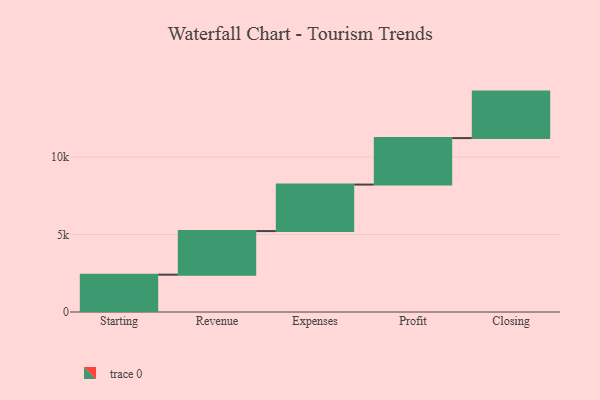
{"axis": {"x": "Step", "y": "Value"}, "legend": [""], "data": [{"x": "Starting", "y": 2408.0, "type": ""}, {"x": "Revenue", "y": 2814.0, "type": ""}, {"x": "Expenses", "y": 3000, "type": ""}, {"x": "Profit", "y": 3000, "type": ""}, {"x": "Closing", "y": 3000, "type": ""}]}